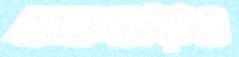
বাসাবাড়িও